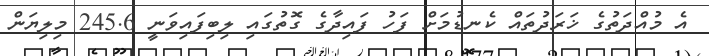
އެ މުއްދަތުގެ ޚަރަދުތައް ކެނޑުމަށް ފަހު ފައިދާގެ ގޮތުގައި ލިބިފައިވަނީ 245.6 މިލިޔަން